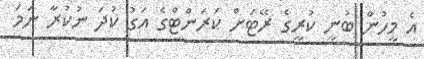
އެ މީހުން ބުނީ ކުރީގެ ރޭޓަށް ކަރަންޓްގެ އަގު ކުދަ ނުކުރާ ނަމަ